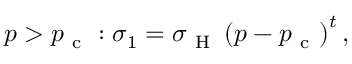
p > p _ { \mathrm { ~ c ~ } } : \sigma _ { 1 } = \sigma _ { \mathrm { ~ H ~ } } \left( p - p _ { \mathrm { ~ c ~ } } \right) ^ { t } ,